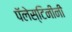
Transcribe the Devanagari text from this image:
पॅलेस्टिनींनी